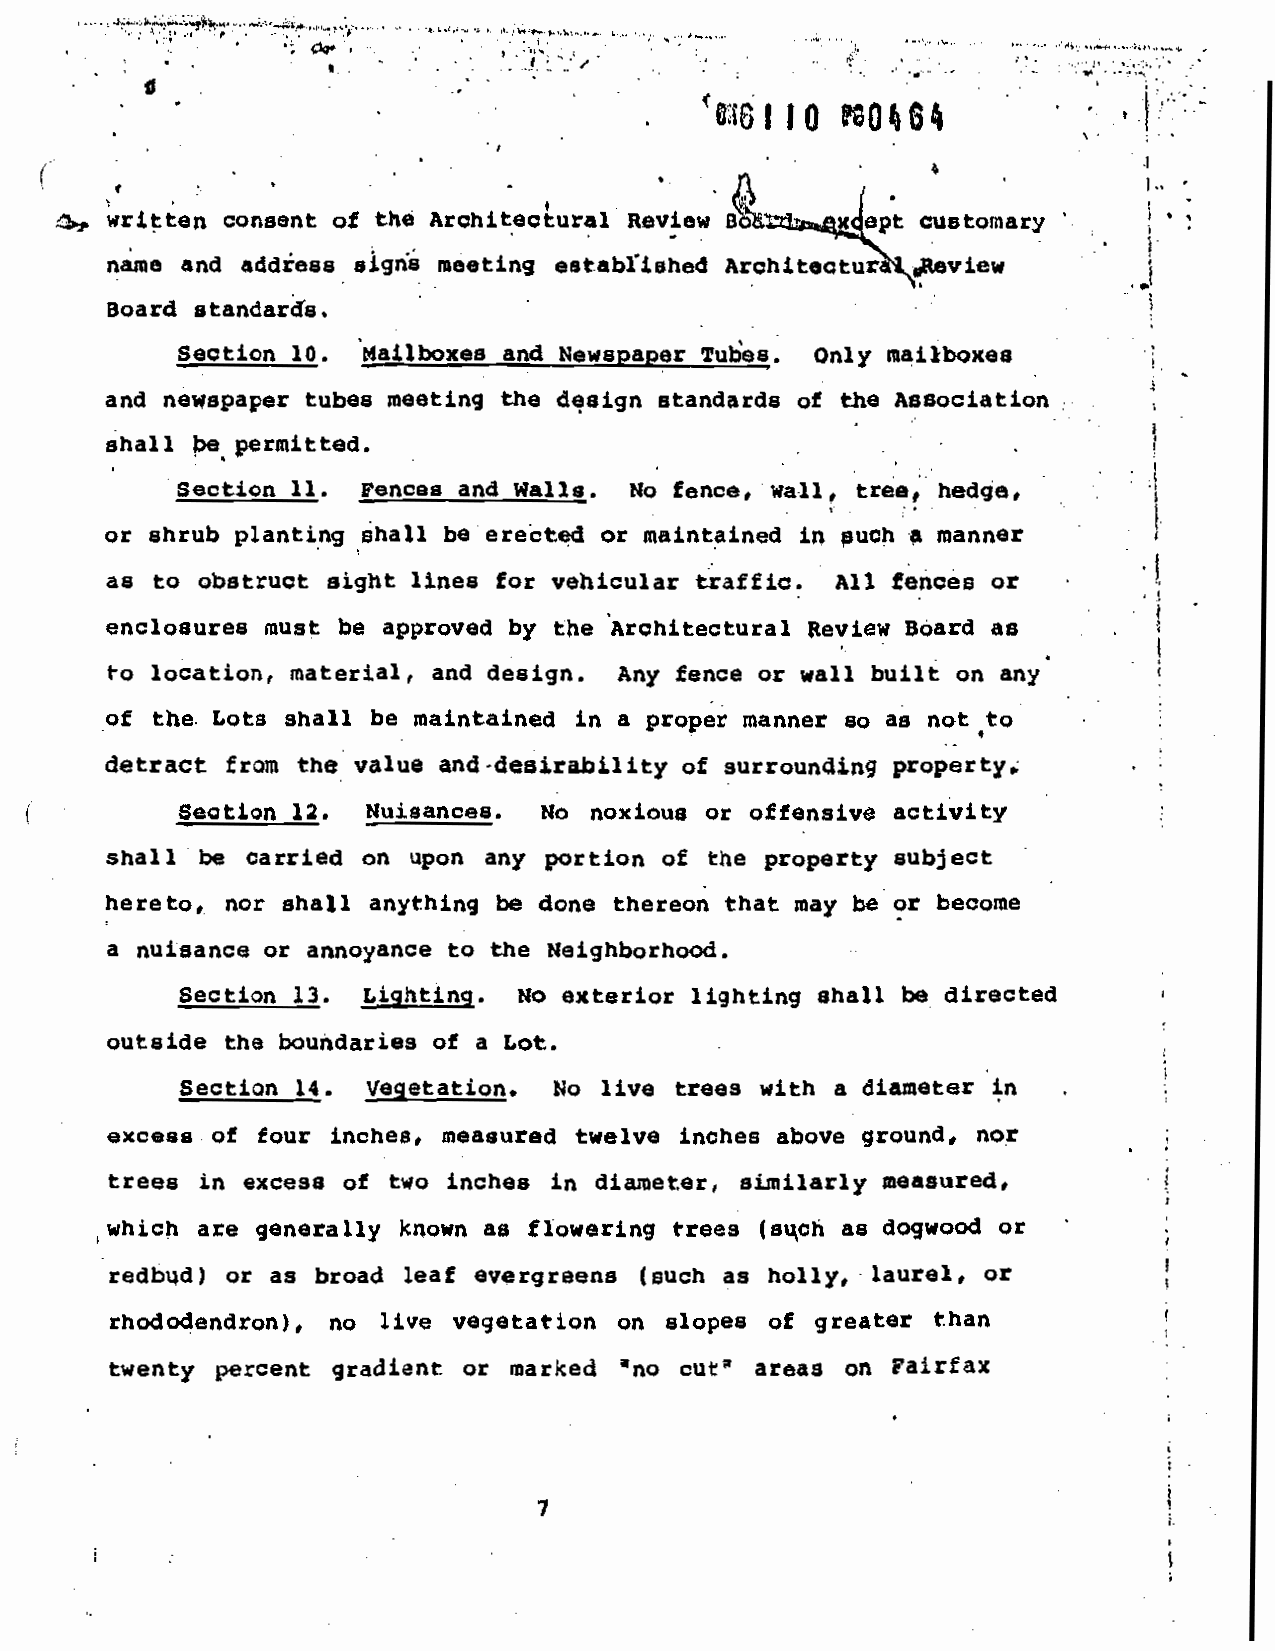
'*-_
 ,. .,_....
 .. ..
 qritten consent of thó Architectural Revtew           customary
 name and addä8s signs meeting established ArchitecturkqReVieW
 Board standards.
 Section 10. Mailboxes and NeWsPaPer Tutes. Only mailboxes
 and newspaper tubes meeting the design standards of the Association
 shall be permitted.                                .
 .                                  .
 Section 11. FenCes and Walls. No fence, wall, tree, hedge.
 or shrub planting ha1l be ereàted or maintained in such a manner
 as to obstruct sight lines for vehicular traffic. All fences or
 enclosures must be approved by the Architectural Review Board as
 to location, material, and design. Any fence or wall built on any
 of the. Lots shall be maintained in a proper manner so as not
 detract from the value and -desirability of 8urrounding property.
 Section 12. Kuisances. No noxious or offensive activity
 shall be carried on upon any portion of the property subject
 become
 hereto, nor shall anything be done thereon that may beOr
 a nuisance or annoyance to the Neighborhood.
 Section 13. Lighting. No exterior lighting shall be directed
 outside the boundaries o a Lot.
 Section 14. vegetation. No live trees with a diameter in
 nor
 excess of tour inches, measured twelve inches above ground,
 trees in excess of two inches in diameter, similarly measured,
 or
 which are generally known as flowering trees (sch as dogwood
 or
 redbud) or as broad leaf evergreens (such as holly, laurel,
 than
 rhododendron), no live vegetation on slopes of greater
 twenty percent gradient or marked 'no cuta areas QA Fairfax
 1